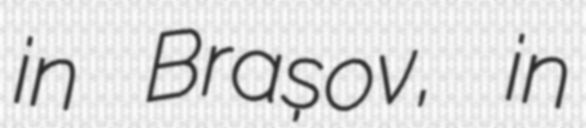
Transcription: in Brașov, in